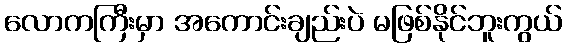
လောကကြီးမှာ အကောင်းချည်းပဲ မဖြစ်နိုင်ဘူးကွယ်